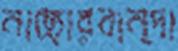
নাছোরবান্দা